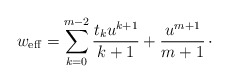
\begin{align*}w_{\rm eff} = \sum_{k=0}^{m-2}{t_{k}u^{k+1}\over k+1} + {u^{m+1}\over m+1}\, \cdotp\end{align*}